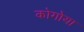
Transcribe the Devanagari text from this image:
कोगोया